Annual report on the lock hospitals of the Madras Presidency
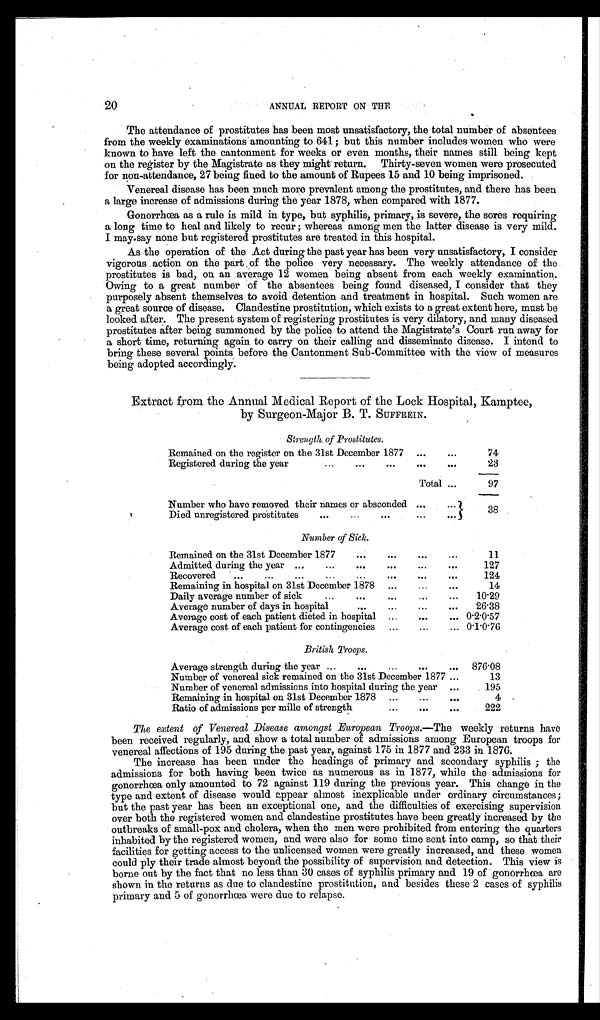
20
ANNUAL REPORT ON THE
The attendance of prostitutes has been most unsatisfactory, the total number of absentees
from the weekly examinations amounting to 641; but this number includes women who were
known to have left the cantonment for weeks or even months, their names still being kept
on the register by the Magistrate as they might return. Thirty-seven women were prosecuted
for non-attendance, 27 being fined to the amount of Rupees 15 and 10 being imprisoned.
Venereal disease has been much more prevalent among the prostitutes, and there has been
a large increase of admissions during the year 1878, when compared with 1877.
Gonorrhœa as a rule is mild in type, but syphilis, primary, is severe, the sores requiring
a long time to heal and likely to recur ; whereas among men the latter disease is very mild.
I may say none but registered prostitutes are treated in this hospital.
As the operation of the Act during the past year has been very unsatisfactory, I consider
vigorous action on the part of the police very necessary. The weekly attendance of the
prostitutes is bad, on an average 12 women being absent from each weekly examination.
Owing to a great number of the absentees being found diseased, I consider that they
purposely absent themselves to avoid detention and treatment in hospital. Such women are
a great source of disease. Clandestine prostitution, which exists to a great extent here, must be
looked after. The present system of registering prostitutes is very dilatory, and many diseased
prostitutes after being summoned by the police to attend the Magistrate's Court run away for
a short time, returning again to carry on their calling and disseminate disease. I intend to
bring these several points before the Cantonment Sub-Committee with the view of measures
being adopted accordingly.
Extract from the Annual Medical Report of the Lock Hospital, Kamptee,
by Surgeon-Major B. T. SUFFREIN.
Strength of Prostitutes.
Remained on the register on the 31st December 1877 ...
. . .
74
Registered during the year...
...
...
. . .
23
Total ...
97
Number who have removed their names or absconded ...
. . .
38
Died unregistered prostitutes
...
...
...
...
...
Number of Sick.
Remained on the 31st December 1877
...
...
...
. . .
11
Admitted during the year ...
...
...
...
...
...
127
Recovered
...
...
...
...
...
...
124
Remaining in hospital on 31st December 1878 ...
...
...
14
Daily average number of sick...
...
...
10. 29
Average number of days in hospital
...
...
...
...
26·38
Average cost of each patient dieted in hospital ...
...
... 0·2·0·57
Average cost of each patient for contingencies
...
...
... 0·1·0·76
British Troops.
Average strength during the year ...
...
...
...
... 876·08
Number of venereal sick remained on the 31st December 1877 ...
13
Number of venereal admissions into hospital during the year ...
195
Remaining in hospital on 31st December 1878 ...
...
. . .
4
Ratio of admissions per mille of strength
...
...
...
222
The extent of Venereal Disease amongst European Troops.—The weekly returns have
been received regularly, and show a total number of admissions among European troops for
venereal affections of 195 during the past year, against 175 in 1877 and 233 in 1876.
The increase has been under the headings of primary and secondary syphilis ; the
admissions for both having been twice as numerous as in 1877, while the admissions for
gonorrhœa only amounted to 72 against 119 during the previous year. This change in the
type and extent of disease would appear almost inexplicable under ordinary circumstances ;
but the past year has been an exceptional one, and the difficulties of exercising supervision
over both the registered women and clandestine prostitutes have been greatly increased by the
outbreaks of small-pox and cholera, when the men were prohibited from entering the quarters
inhabited by the registered women, and were also for some time sent into camp, so that their
facilities for getting access to the unlicensed women were greatly increased, and these women
could ply their trade almost beyond the possibility of supervision and detection. This view is
borne out by the fact that no less than 30 cases of syphilis primary and 19 of gonorrhœa are
shown in the returns as due to clandestine prostitution, and besides these 2 cases of syphilis
primary and 5 of gonorrhœa were due to relapse.